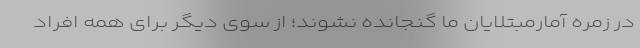
در زمره آمارمبتلایان ما گنجانده نشوند؛ از سوی دیگر برای همه افراد